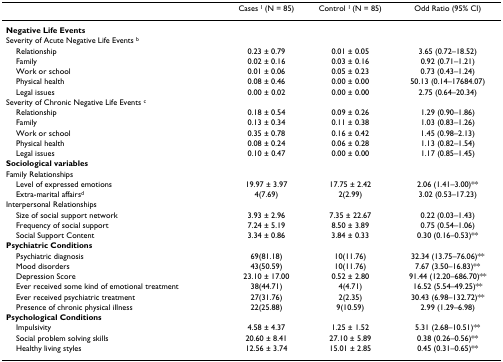
<table><thead><tr><td></td><td><b>Cases <sup>1 </sup>(N = 85)</b></td><td><b>Control <sup>1 </sup>(N = 85)</b></td><td><b>Odd Ratio (95% CI)</b></td></tr></thead><tbody><tr><td><b>Negative Life Events</b></td><td></td><td></td><td></td></tr><tr><td>Severity of Acute Negative Life Events <sup>b</sup></td><td></td><td></td><td></td></tr><tr><td> Relationship</td><td>0.23 ± 0.79</td><td>0.01 ± 0.05</td><td>3.65 (0.72–18.52)</td></tr><tr><td> Family</td><td>0.02 ± 0.16</td><td>0.03 ± 0.16</td><td>0.92 (0.71–1.21)</td></tr><tr><td> Work or school</td><td>0.01 ± 0.06</td><td>0.05 ± 0.23</td><td>0.73 (0.43–1.24)</td></tr><tr><td> Physical health</td><td>0.08 ± 0.46</td><td>0.00 ± 0.00</td><td>50.13 (0.14–17684.07)</td></tr><tr><td> Legal issues</td><td>0.00 ± 0.02</td><td>0.00 ± 0.00</td><td>2.75 (0.64–20.34)</td></tr><tr><td>Severity of Chronic Negative Life Events <sup>c</sup></td><td></td><td></td><td></td></tr><tr><td> Relationship</td><td>0.18 ± 0.54</td><td>0.09 ± 0.26</td><td>1.29 (0.90–1.86)</td></tr><tr><td> Family</td><td>0.13 ± 0.34</td><td>0.11 ± 0.38</td><td>1.03 (0.83–1.26)</td></tr><tr><td> Work or school</td><td>0.35 ± 0.78</td><td>0.16 ± 0.42</td><td>1.45 (0.98–2.13)</td></tr><tr><td> Physical health</td><td>0.08 ± 0.24</td><td>0.06 ± 0.28</td><td>1.13 (0.82–1.54)</td></tr><tr><td> Legal issues</td><td>0.10 ± 0.47</td><td>0.00 ± 0.00</td><td>1.17 (0.85–1.45)</td></tr><tr><td><b>Sociological variables</b></td><td></td><td></td><td></td></tr><tr><td>Family Relationships</td><td></td><td></td><td></td></tr><tr><td> Level of expressed emotions</td><td>19.97 ± 3.97</td><td>17.75 ± 2.42</td><td>2.06 (1.41–3.00)**</td></tr><tr><td> Extra-marital affairs<sup>d</sup></td><td>4(7.69)</td><td>2(2.99)</td><td>3.02 (0.53–17.23)</td></tr><tr><td>Interpersonal Relationships</td><td></td><td></td><td></td></tr><tr><td> Size of social support network</td><td>3.93 ± 2.96</td><td>7.35 ± 22.67</td><td>0.22 (0.03–1.43)</td></tr><tr><td> Frequency of social support</td><td>7.24 ± 5.19</td><td>8.50 ± 3.89</td><td>0.75 (0.54–1.06)</td></tr><tr><td> Social Support Content</td><td>3.34 ± 0.86</td><td>3.84 ± 0.33</td><td>0.30 (0.16–0.53)**</td></tr><tr><td><b>Psychiatric Conditions</b></td><td></td><td></td><td></td></tr><tr><td> Psychiatric diagnosis</td><td>69(81.18)</td><td>10(11.76)</td><td>32.34 (13.75–76.06)**</td></tr><tr><td> Mood disorders</td><td>43(50.59)</td><td>10(11.76)</td><td>7.67 (3.50–16.83)**</td></tr><tr><td> Depression Score</td><td>23.10 ± 17.00</td><td>0.52 ± 2.80</td><td>91.44 (12.20–686.70)**</td></tr><tr><td> Ever received some kind of emotional treatment</td><td>38(44.71)</td><td>4(4.71)</td><td>16.52 (5.54–49.25)**</td></tr><tr><td> Ever received psychiatric treatment</td><td>27(31.76)</td><td>2(2.35)</td><td>30.43 (6.98–132.72)**</td></tr><tr><td> Presence of chronic physical illness</td><td>22(25.88)</td><td>9(10.59)</td><td>2.99 (1.29–6.98)</td></tr><tr><td><b>Psychological Conditions</b></td><td></td><td></td><td></td></tr><tr><td> Impulsivity</td><td>4.58 ± 4.37</td><td>1.25 ± 1.52</td><td>5.31 (2.68–10.51)**</td></tr><tr><td> Social problem solving skills</td><td>20.60 ± 8.41</td><td>27.10 ± 5.89</td><td>0.38 (0.26–0.56)**</td></tr><tr><td> Healthy living styles</td><td>12.56 ± 3.74</td><td>15.01 ± 2.85</td><td>0.45 (0.31–0.65)**</td></tr></tbody></table>